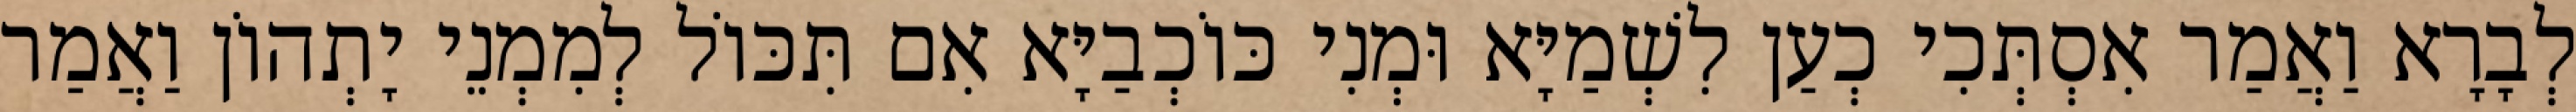
לְבָרָא וַאֲמַר אִסְתְּכִי כְעַן לִשְׁמַיָּא וּמְנִי כּוֹכְבַיָּא אִם תִּכּוֹל לְמִמְנֵי יָתְהוֹן וַאֲמַר